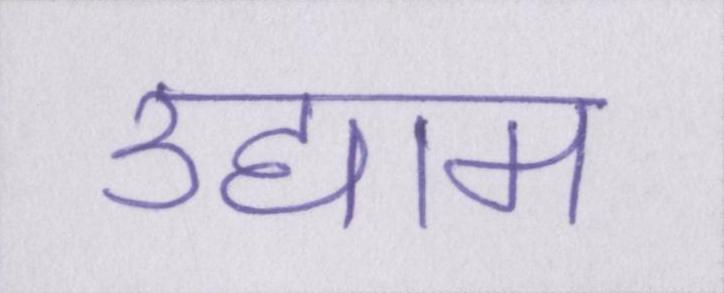
उद्याम